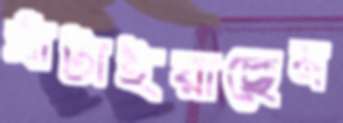
ঘাঁটাইয়াছেন